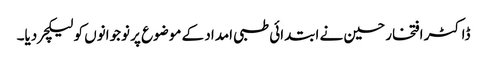
ڈاکٹر افتخار حسین نے ابتدائی طبی امداد کے موضوع پر نوجوانوں کو لیکچر دیا۔